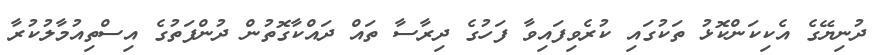
ދުނިޔޭގެ އެކިކަންކޮޅު ތަކުގައި ކުރެވިފައިވާ ފަހުގެ ދިރާސާ ތައް ދައްކާގޮތުން ދުންފަތުގެ އިސްތިއުމާލުކުރާ